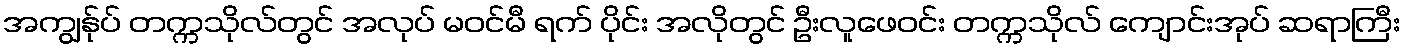
အကျွန်ုပ် တက္ကသိုလ်တွင် အလုပ် မဝင်မီ ရက် ပိုင်း အလိုတွင် ဦးလူဖေဝင်း တက္ကသိုလ် ကျောင်းအုပ် ဆရာကြီး